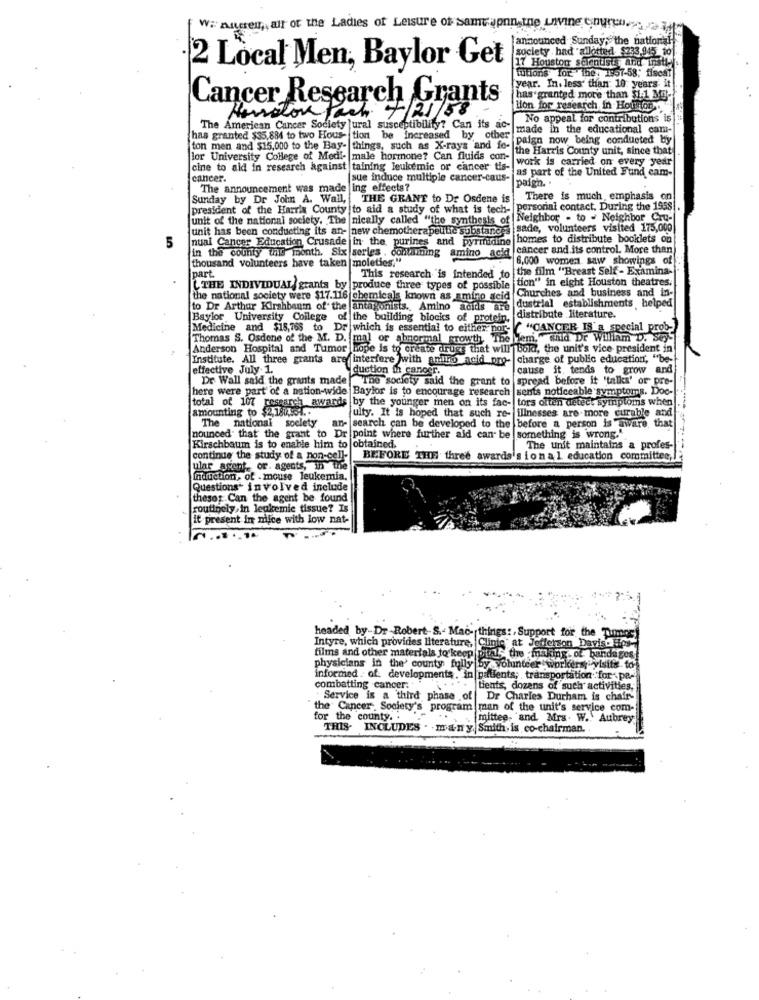
W# nucen, air or the Ladies of Leisure of samt apnn the Living onuren.
announced Sunday, the national
society had allotted $233.9455 30
2 Local Men, Baylor Get
17 Houston scientist and insti-s.
tutions for the: 1857-58; fiscat
year. In. less than 10 years it
Cancer Research Grants
has granted more than $1.1 30-
Herrstor Pach 4/25/58
Hon for research in Houston
No appeal for contributions is
The American Cancer Society ural susceptibility? Can its ac-
made in the educational cam-
has granted $35,884 to two Hous- tion be increased by other
paign now being conducted by
ton men and $15,000 to the Bay- things, such as X-rays and fe-
the Harris County unit, since that
lor University College of Medi- male hormone? Can fluids con-
work is carried on every year
cine to aid in research against taining leukemic or cancer tis-
as part of the United Fund cam-
cancer.
sue induce multiple cancer-caus-
paign. .
The announcement was made ing effects?
Sunday by Dr John A. Wall, THE GRANT to De Osdene is
There is much, emphasis on
president of the Harris County to aid a study of what is tech-
personal contact. During the 1958
unit of the national society. The nically called "the synthesis of
Neighbor - to - Neighbor Cru-
unit has been conducting its an- new chemotherapeutic substand
sade, volunteers visited 175,000
5
nual Cancer Education Crusade in the purines and pyrmidine
homes to distribute booklets on
in the county this month. Six series . containing amino acid
cancer and its control. More than
thousand volunteers have taken |moleties."
6,000 women. saw showings of
the film "Breast Self - Examina-
part
This research is intended to
[tion" in eight Houston theatres,
L.THE INDIVIDUAL grants by produce three types of possible
the national society were $17.116 chemicals known as amino acid
Churches and business and in-
to Dr Arthur Kirshbaum of the antagonists. Amino acids are
dustrial establishments helped
Baylor University College of the building blocks of protein,
distribute literature.
Medicine and $15,768 to Dr which is essential to either por-
C "CANCER IS a special prob-
Thomas S. Osdene of the M. D. mal or abnormal srowth The
Jem,"said Dr William D. Seys
Anderson Hospital and Tumor Hope is to create drugs that will bok ?, the unit's vice president in
Institute. All three grants are interfere with antho acid pro-
charge of public education, "be-
effective July 1.
duction th cancer.
cause it, tends to grow and
Dr Wall said the grants made
The society said the grant to
spread before it "talks' or pre-
There were part of a nation-wide Baylor is to encourage research
sents noticeable symptoms. Doc-
total of 107 research awards
by the younger men on its fac-
tors often detect symptoms when
amounting to $2,18441 ..
ity. It is hoped that such re- illnesses are more curable and
The national society
search can be developed to the before a person is aware that
ulty. It is hoped that such re-
something is wrong."
nounced' that the grant to I
Dr point where further ald can be
Kirschbaum is to enable him to obtained.
The unit maintains a profes-
continue the study of a non-cell-
BEFORE THE three awards's ional education committee,
ular agent, or. agents, in the
induction, of - mouse leukemia.
Questions* involved include
theses Can the agent be found
routinely,in leukemie tissue? Is
it present in mice with low nat-
headed by-Dr Robert-S .- Mac- things :, Support for the Tumor)
Intyre, which provides literature,
Clinte at Jefferson Davis- Eps-
films and other materials to keep pull the making of banda gos
physicians in the' county fully by volunteer workers; visite. to-
informed . of. developments. in patients; transportation for pe-
combatting cancer:
tients, dozens of such activities,
Service is a third phase of
Dr Charles Durham is chaff-
the Cancer Society's program man of the unit's service com-
for the county. .
mittee. and Mrs. W .. Aubrey
THIS. INCLUDES . many. Smith. is co-chairman.